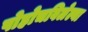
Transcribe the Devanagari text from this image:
पोहोचविलेल्या